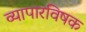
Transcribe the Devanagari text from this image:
व्यापारविषक